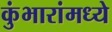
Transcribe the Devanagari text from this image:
कुंभारांमध्ये